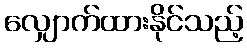
လျှောက်ထားနိုင်သည့်